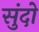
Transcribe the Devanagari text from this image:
सुंदो